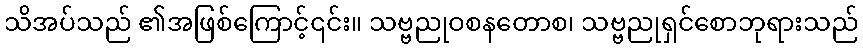
သိအပ်သည် ၏အဖြစ်ကြောင့်၎င်း။ သဗ္ဗညုဝစနတောစ၊ သဗ္ဗညုရှင်စောဘုရားသည်